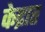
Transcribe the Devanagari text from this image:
केद्रात